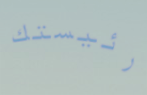
رئيستك